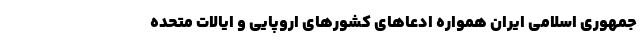
جمهوری اسلامی ایران همواره ادعاهای کشورهای اروپایی و ایالات متحده